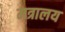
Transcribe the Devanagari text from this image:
मत्रालय